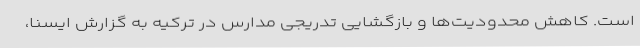
است. کاهش محدودیت‌ها و بازگشایی تدریجی مدارس در ترکیه به گزارش ایسنا،